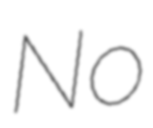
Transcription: No